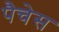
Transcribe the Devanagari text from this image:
पैचेस